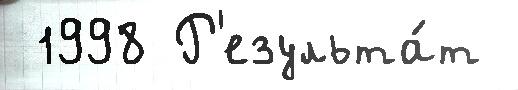
 1998 Р'езульта́т